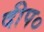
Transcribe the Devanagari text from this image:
दीप०